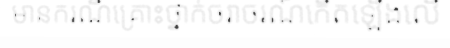
មានករណីគ្រោះថ្នាក់ចរាចរណ៍កើតឡើងលើ